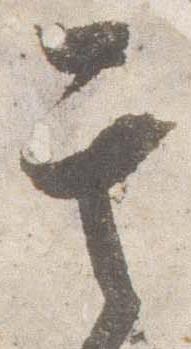
其